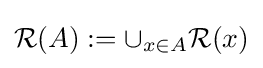
{\mathcal {R}}(A):=\cup _{x\in A}{\mathcal {R}}(x)